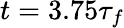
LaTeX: t=3.75\tau_{f}